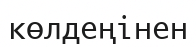
көлдеңінен